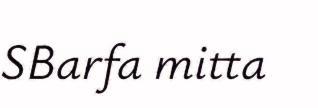
SBarfa mitta